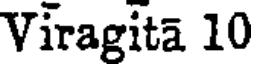
Viragita 10